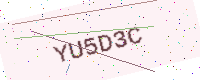
Text: YU5D3C